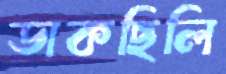
ডাকছিলি